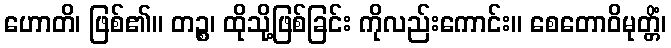
ဟောတိ၊ ဖြစ်၏။ တဉ္စ၊ ထိုသို့ဖြစ်ခြင်း ကိုလည်းကောင်း။ စေတောဝိမုတ္တိံ၊